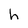
Character: h